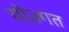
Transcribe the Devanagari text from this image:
योज़्गत